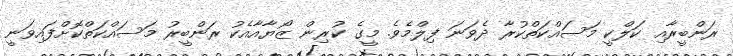
ރަންބީރާއި ކަލްކީ މަސައްކަތްކުރާ ދެވަނަ ފިލްމެވެ. މީގެ ކުރިން ޒޯޔާއާއެކު ރަންބީރު މަސައްކަތްކޮށްފައިވަނީ